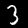
Digit: 3